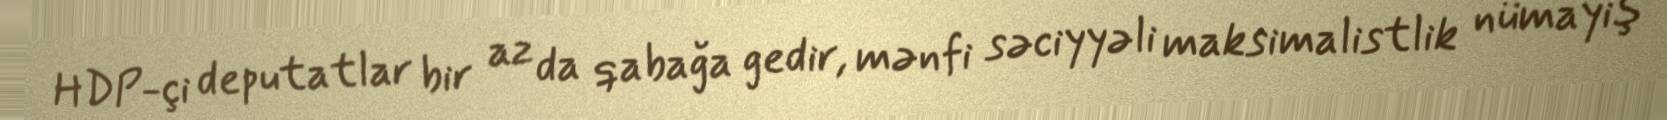
HDP-çi deputatlar bir az da qabağa gedir, mənfi səciyyəli maksimalistlik nümayiş